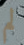
لم